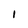
Character: I